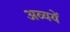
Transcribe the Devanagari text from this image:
अव्ययें